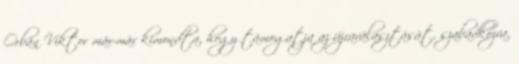
Orbán Viktor már-már kimondta, hogy támogatja az újraválasztását, szabadkozva,